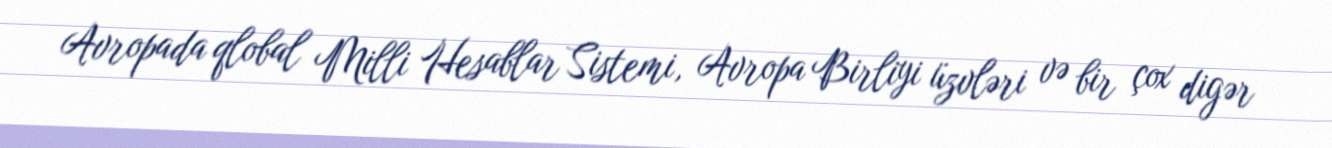
Avropada qlobal Milli Hesablar Sistemi, Avropa Birliyi üzvləri və bir çox digər